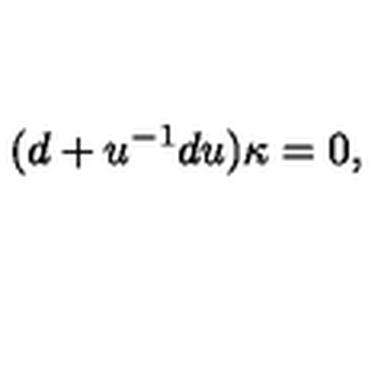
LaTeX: ( d + u ^ { - 1 } d u ) \kappa = 0 ,